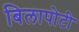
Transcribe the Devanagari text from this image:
बिलापोटी